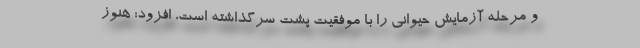
و مرحله آزمایش حیوانی را با موفقیت پشت سرگذاشته است، افزود: هنوز